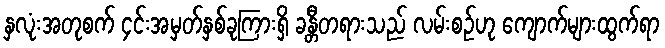
နှလုံးအတုစက် ၄င်းအမှတ်နှစ်ခုကြားရှိ ခန္တီတရားသည် လမ်းစဉ်ဟု ကျောက်များထွက်ရာ